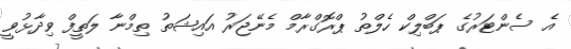
އެ ސެންޓަރުގެ ޕަބްލިކް ހެލްތު ޕްރޮގްރާމް މެނޭޖަރު އައިޝަތު ތިމްނާ ލަތީފް ވިދާޅުވީ